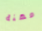
مهنة